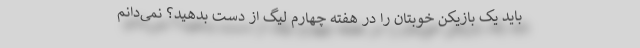
باید یک بازیکن خوبتان را در هفته چهارم لیگ از دست بدهید؟ نمی‌دانم